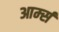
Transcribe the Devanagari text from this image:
आर्म्‍स